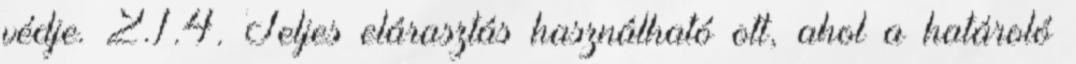
védje. 2.1.4. Teljes elárasztás használható ott, ahol a határoló